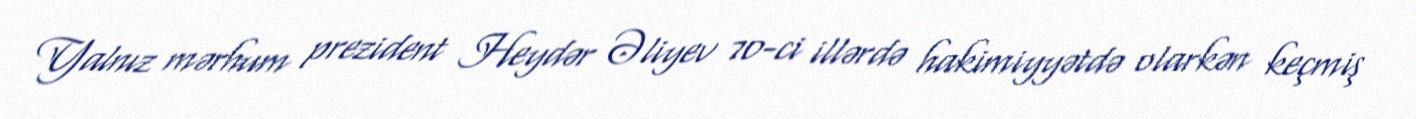
Yalnız mərhum prezident Heydər Əliyev 70-ci illərdə hakimiyyətdə olarkən keçmiş